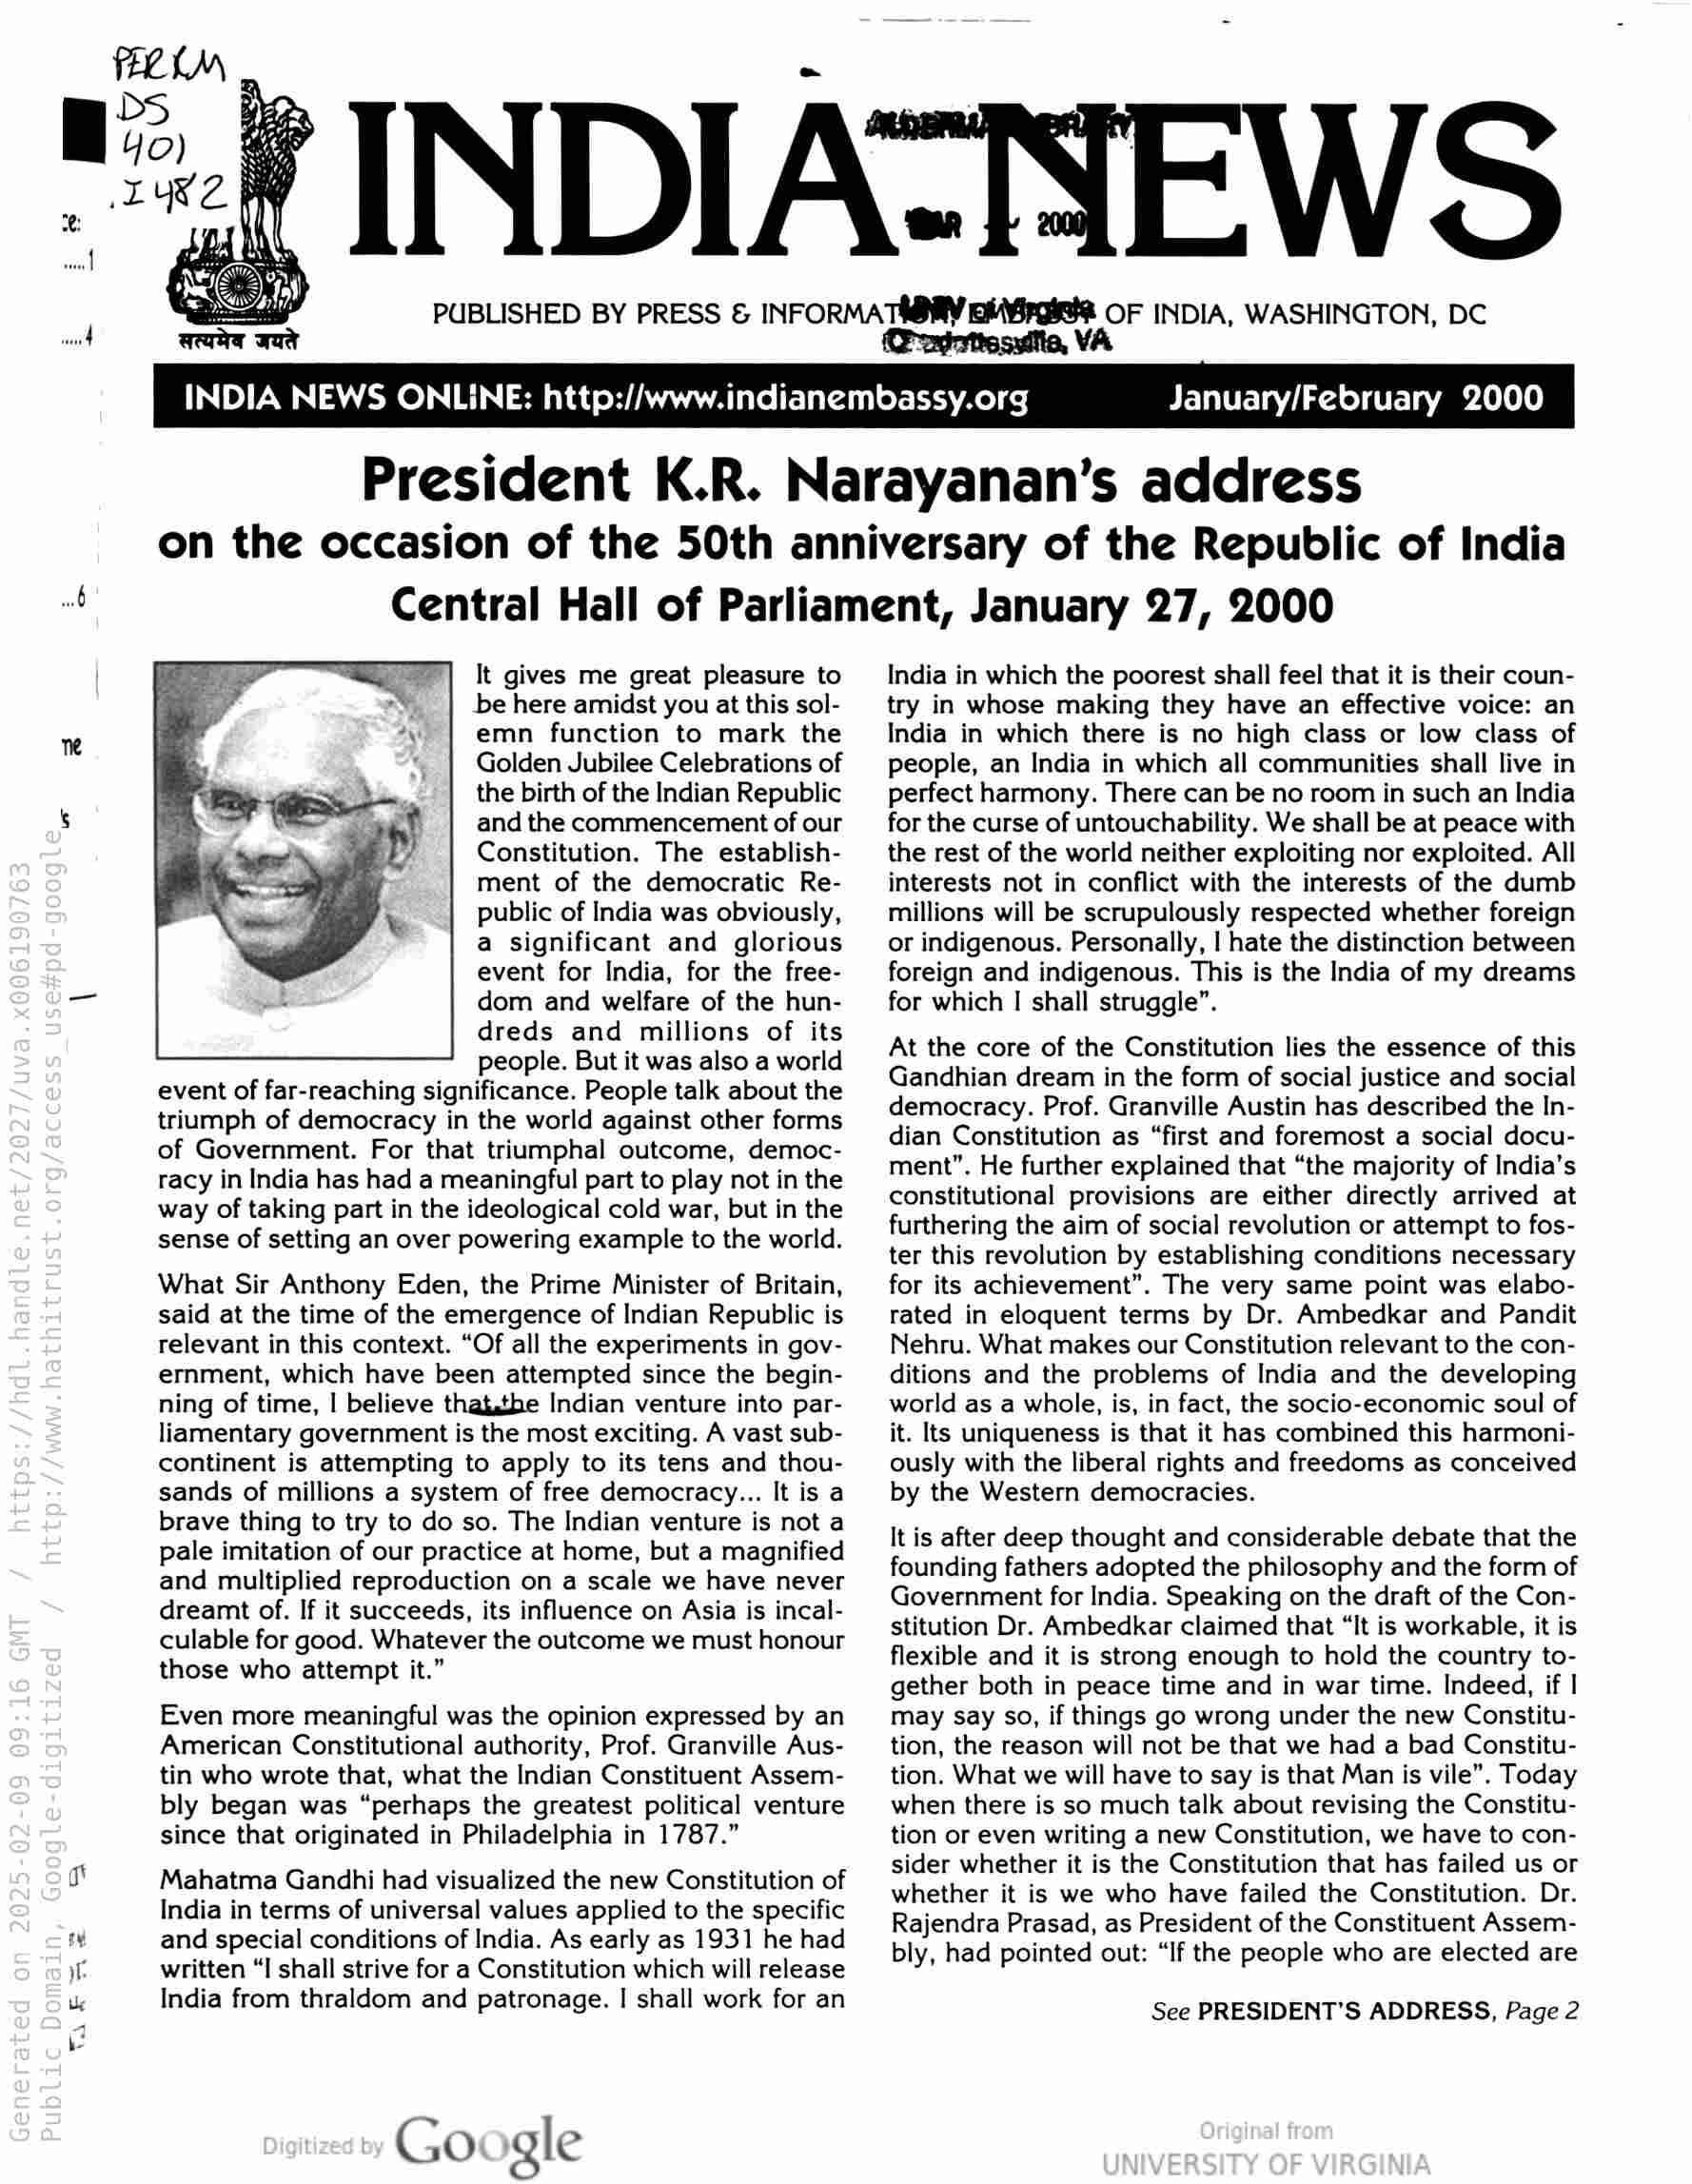
INDIA NEWS ONLINE: http://www.indianembassy.org

t INDIA-ISEWS

PUBLISHED BY PRESS & INFORMA TAORY EMBAG. OF INDIA, WASHINGTON, DC
(-agattessilta, VA

January/February 2000

President K.R. Narayanan’s address
on the occasion of the 50th anniversary of the Republic of India
Central Hall of Parliament, January 27, 2000

It gives me great pleasure to
be here amidst you at this sol-
emn function to mark the
Golden Jubilee Celebrations of
the birth of the Indian Republic
and the commencement of our
Constitution. The establish-
ment of the democratic Re-
public of India was obviously,
a significant and glorious
event for India, for the free-
dom and welfare of the hun-
dreds and millions of its
people. But it was also a world
event of far-reaching significance. People talk about the
triumph of democracy in the world against other forms
of Government. For that triumphal outcome, democ-
racy in India has had a meaningful part to play not in the
way of taking part in the ideological cold war, but in the
sense of setting an over powering example to the world.

What Sir Anthony Eden, the Prime Minister of Britain,
said at the time of the emergence of Indian Republic is
relevant in this context. “Of all the experiments in gov-
ernment, which have been attempted since the begin-
ning of time, | believe thatsthe Indian venture into par-
liamentary government is the most exciting. A vast sub-
continent is attempting to apply to its tens and thou-
sands of millions a system of free democracy... It is a
brave thing to try to do so. The Indian venture is not a
pale imitation of our practice at home, but a magnified
and multiplied reproduction on a scale we have never
dreamt of. If it succeeds, its influence on Asia is incal-
culable for good. Whatever the outcome we must honour
those who attempt it.”

Even more meaningful was the opinion expressed by an
American Constitutional authority, Prof. Granville Aus-
tin who wrote that, what the Indian Constituent Assem-
bly began was “perhaps the greatest political venture
since that originated in Philadelphia in 1787.”

Mahatma Gandhi had visualized the new Constitution of
India in terms of universal values applied to the specific
and special conditions of India. As early as 1931 he had
written “I shall strive for a Constitution which will release
India from thraldom and patronage. | shall work for an

Google

India in which the poorest shall feel that it is their coun-
try in whose making they have an effective voice: an
India in which there is no high class or low class of
people, an India in which all communities shall live in
perfect harmony. There can be no room in such an India
for the curse of untouchability. We shall be at peace with
the rest of the world neither exploiting nor exploited. All
interests not in conflict with the interests of the dumb
millions will be scrupulously respected whether foreign
or indigenous. Personally, | hate the distinction between
foreign and indigenous. This is the India of my dreams
for which I shall struggle”.

At the core of the Constitution lies the essence of this
Gandhian dream in the form of social justice and social
democracy. Prof. Granville Austin has described the In-
dian Constitution as “first and foremost a social docu-
ment”. He further explained that “the majority of India’s
constitutional provisions are either directly arrived at
furthering the aim of social revolution or attempt to fos-
ter this revolution by establishing conditions necessary
for its achievement”. The very same point was elabo-
rated in eloquent terms by Dr. Ambedkar and Pandit
Nehru. What makes our Constitution relevant to the con-
ditions and the problems of India and the developing
world as a whole, is, in fact, the socio-economic soul of
it. Its uniqueness is that it has combined this harmoni-
ously with the liberal rights and freedoms as conceived
by the Western democracies.

It is after deep thought and considerable debate that the
founding fathers adopted the philosophy and the form of
Government for India. Speaking on the draft of the Con-
stitution Dr. Ambedkar claimed that “It is workable, it is
flexible and it is strong enough to hold the country to-
gether both in peace time and in war time. Indeed, if |
may say so, if things go wrong under the new Constitu-
tion, the reason will not be that we had a bad Constitu-
tion. What we will have to say is that Man is vile”. Today
when there is so much talk about revising the Constitu-
tion or even writing a new Constitution, we have to con-
sider whether it is the Constitution that has failed us or
whether it is we who have failed the Constitution. Dr.
Rajendra Prasad, as President of the Constituent Assem-
bly, had pointed out: “If the people who are elected are

See PRESIDENT'S ADDRESS, Page 2